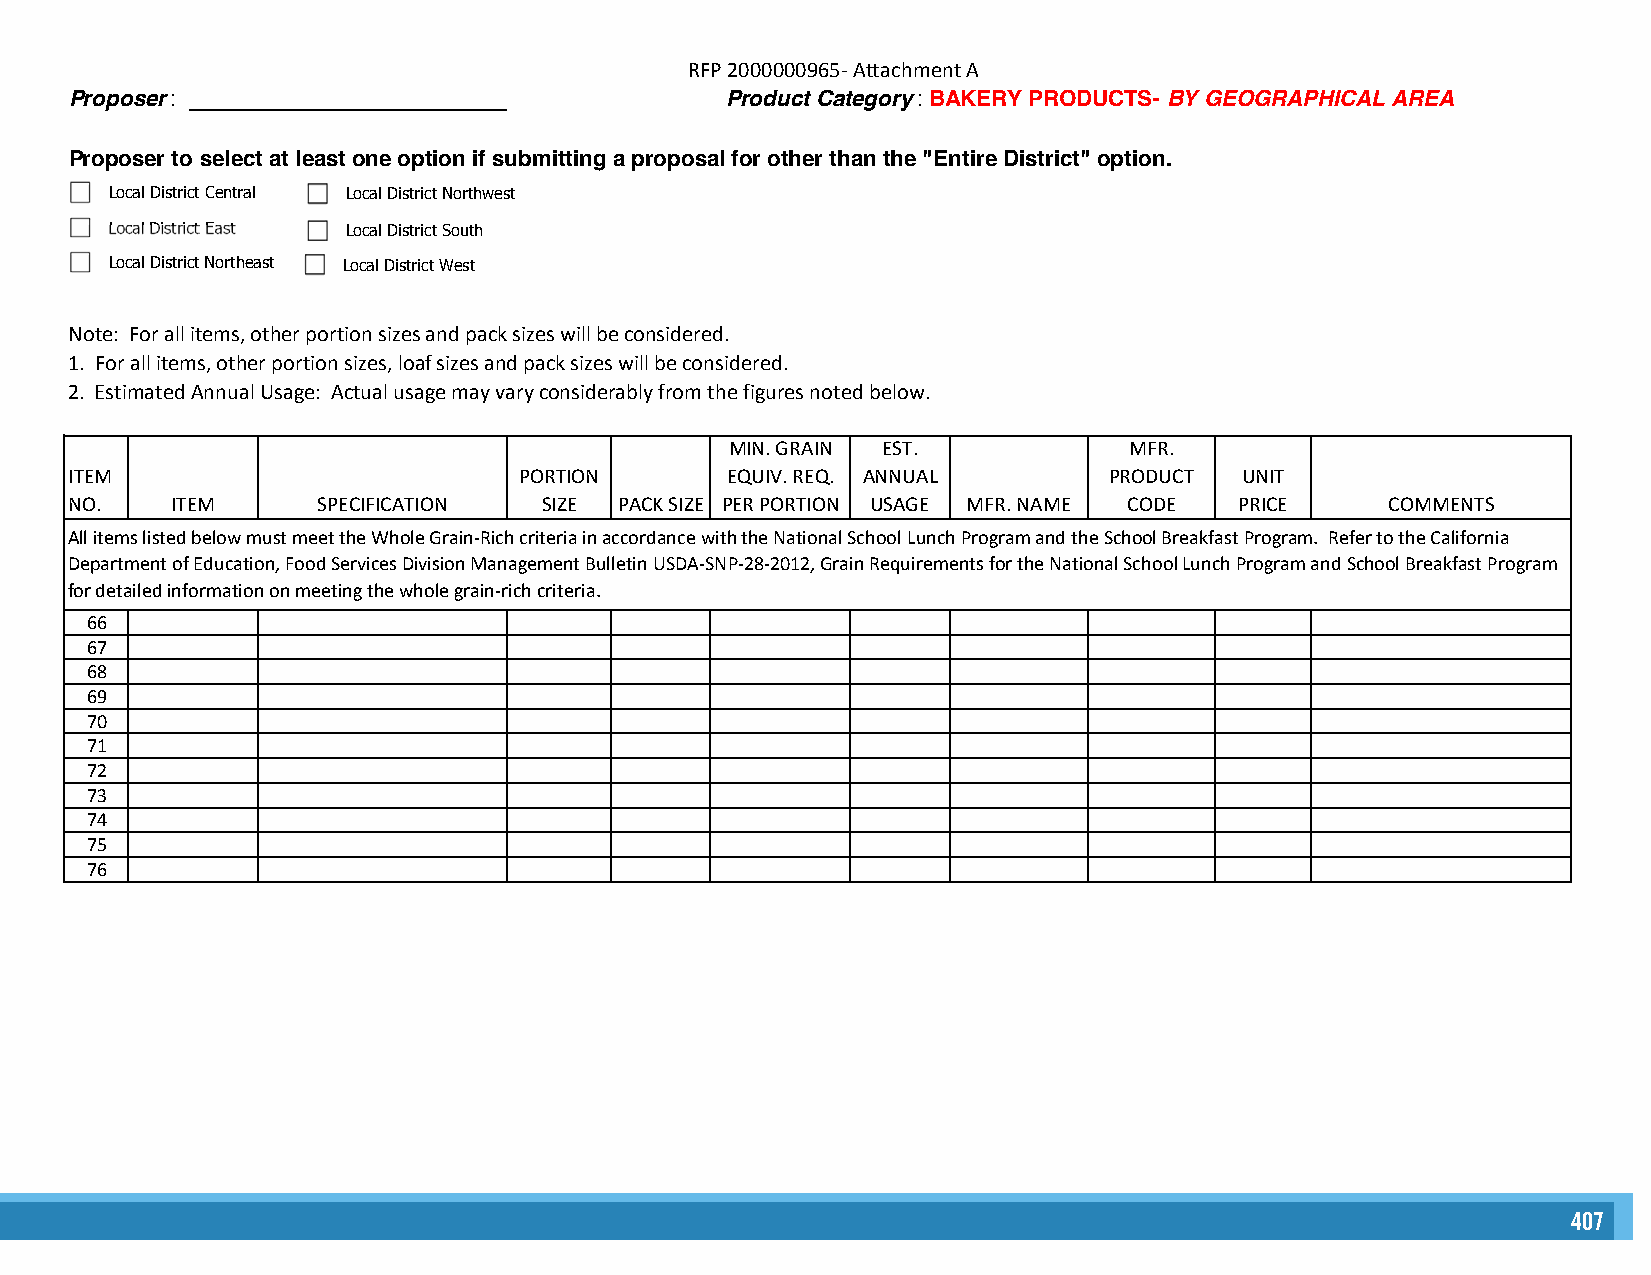
RFP 2000000965- Attachment A
 Proposer: __________________________       Product Category: BAKERY PRODUCTS- BY GEOGRAPHICAL AREA
 Proposer to select at least one option if submitting a proposal for other than the "Entire District" option.
 Local District Central Local District Northwest
 Local District East Local District South
 Local District Northeast Local District West
 Note: For all items, other portion sizes and pack sizes will be considered.
 1. For all items, other portion sizes, loaf sizes and pack sizes will be considered.
 2. Estimated Annual Usage: Actual usage may vary considerably from the figures noted below.
 MIN. GRAIN EST.            MFR.
 ITEM                         PORTION       EQUIV. REQ. ANNUAL       PRODUCT  UNIT
 NO.   ITEM      SPECIFICATION  SIZE PACK SIZE PER PORTION USAGE MFR. NAME CODE PRICE   COMMENTS
 All items listed below must meet the Whole Grain-Rich criteria in accordance with the National School Lunch Program and the School Breakfast Program. Refer to the California
 Department of Education, Food Services Division Management Bulletin USDA-SNP-28-2012, Grain Requirements for the National School Lunch Program and School Breakfast Program
 for detailed information on meeting the whole grain-rich criteria.
 66
 67
 68
 69
 70
 71
 72
 73
 74
 75
 76
 407
 BBaacckk ttoo TTaabbllee ooff CCoonntteennttss        BBaacckk ttoo TTaabbllee ooff CCoonntteennttss